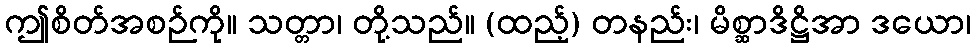
ဤစိတ်အစဉ်ကို။ သတ္တာ၊ တို့သည်။ (ထည့်) တနည်း၊ မိစ္ဆာဒိဋ္ဌိအာ ဒယော၊